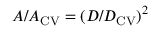
A / A _ { \mathrm { C V } } = ( D / D _ { \mathrm { C V } } ) ^ { 2 }